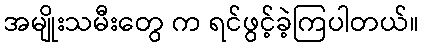
အမျိုးသမီးတွေ က ရင်ဖွင့်ခဲ့ကြပါတယ်။